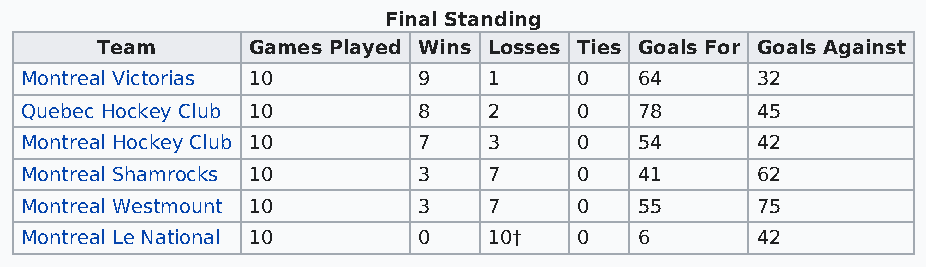
Final Standing
 Team      Games Played Wins Losses Ties Goals For Goals Against
 Montreal Victorias 10      9   1     0   64      32
 Quebec Hockey Club 10      8   2     0   78      45
 Montreal Hockey Club 10    7   3     0   54      42
 Montreal Shamrocks 10      3   7     0   41      62
 Montreal Westmount 10      3   7     0   55      75
 Montreal Le National 10    0   10†   0   6       42